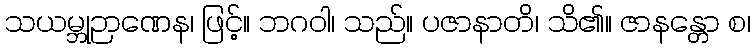
သယမ္ဘုဉာဏေန၊ ဖြင့်။ ဘဂဝါ၊ သည်။ ပဇာနာတိ၊ သိ၏။ ဇာနန္တော စ၊